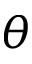
\theta